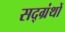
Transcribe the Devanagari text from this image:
सद्ग्रंथों